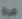
مرة